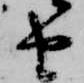
由